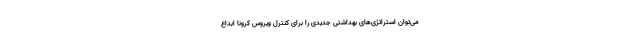
می‌توان استراتژی‌های بهداشتی جدیدی را برای کنترل ویروس کرونا ابداع